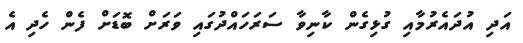
އަދި އުދައެރުމާއި ގުޅިގެން ކާނިވާ ސަރަހައްދުގައި ވަރަށް ބޮޑަށް ފެން ހެދި އެ